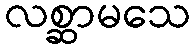
လစ္ဆာမသေ